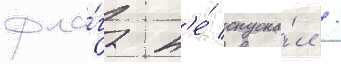
фла́га н'е́ спуска́л /